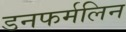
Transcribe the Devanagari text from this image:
डनफर्मलिन